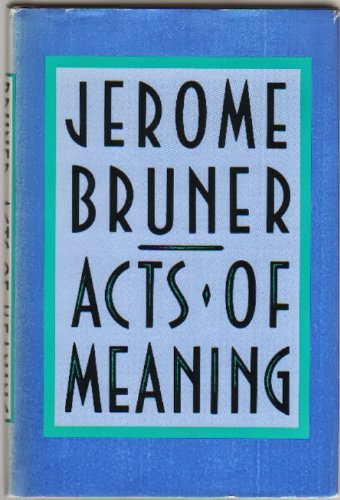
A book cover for Acts of Meaning (Four Lectures on Mind and Culture - Jerusalem-Harvard Lectures); Jerome Bruner; Medical Books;